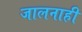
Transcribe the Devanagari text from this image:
जालनाही